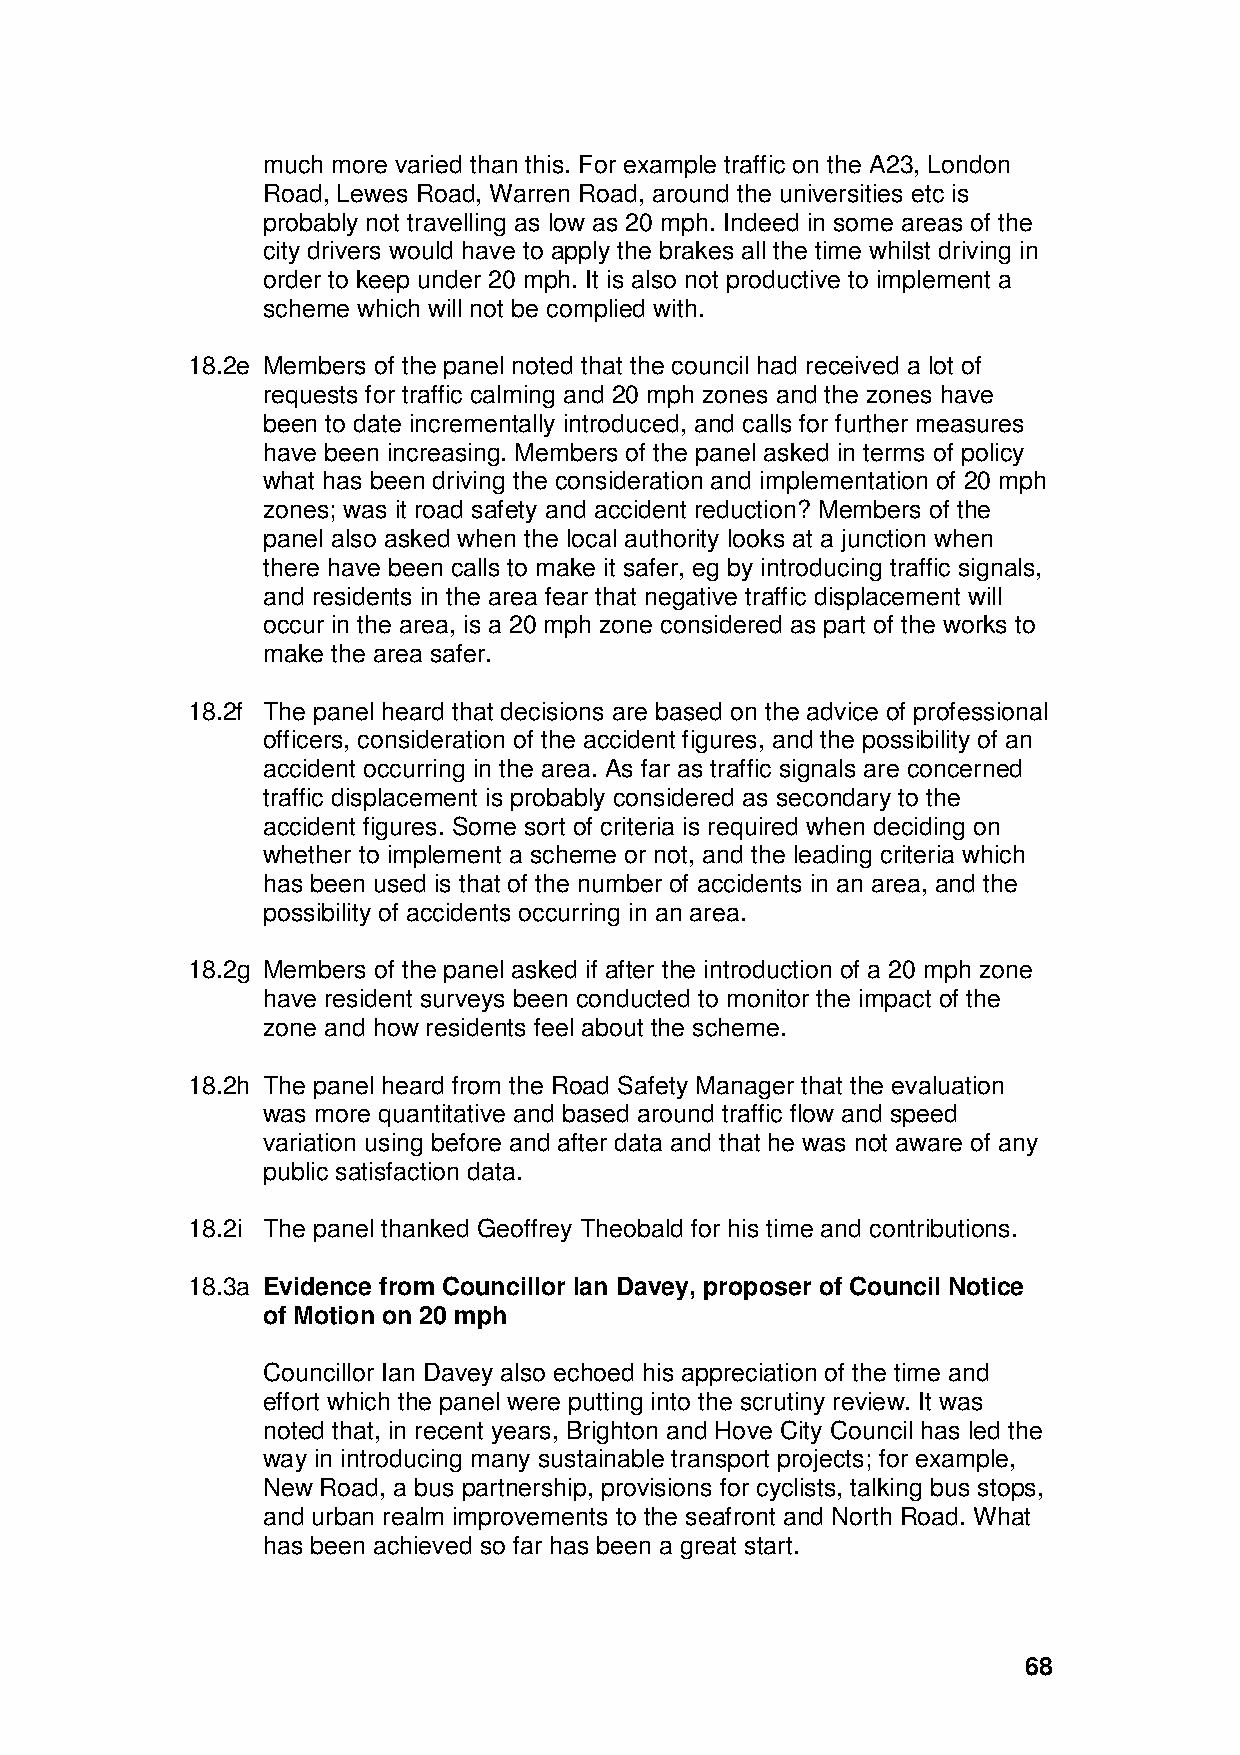
much more varied than this. For example traffic on the A23, London
 Road, Lewes Road, Warren Road, around the universities etc is
 probably not travelling as low as 20 mph. Indeed in some areas of the
 city drivers would have to apply the brakes all the time whilst driving in
 order to keep under 20 mph. It is also not productive to implement a
 scheme which will not be complied with.
 18.2e Members of the panel noted that the council had received a lot of
 requests for traffic calming and 20 mph zones and the zones have
 been to date incrementally introduced, and calls for further measures
 have been increasing. Members of the panel asked in terms of policy
 what has been driving the consideration and implementation of 20 mph
 zones; was it road safety and accident reduction? Members of the
 panel also asked when the local authority looks at a junction when
 there have been calls to make it safer, eg by introducing traffic signals,
 and residents in the area fear that negative traffic displacement will
 occur in the area, is a 20 mph zone considered as part of the works to
 make the area safer.
 18.2f The panel heard that decisions are based on the advice of professional
 officers, consideration of the accident figures, and the possibility of an
 accident occurring in the area. As far as traffic signals are concerned
 traffic displacement is probably considered as secondary to the
 accident figures. Some sort of criteria is required when deciding on
 whether to implement a scheme or not, and the leading criteria which
 has been used is that of the number of accidents in an area, and the
 possibility of accidents occurring in an area.
 18.2g Members of the panel asked if after the introduction of a 20 mph zone
 have resident surveys been conducted to monitor the impact of the
 zone and how residents feel about the scheme.
 18.2h The panel heard from the Road Safety Manager that the evaluation
 was more quantitative and based around traffic flow and speed
 variation using before and after data and that he was not aware of any
 public satisfaction data.
 18.2i The panel thanked Geoffrey Theobald for his time and contributions.
 18.3a Evidence from Councillor Ian Davey, proposer of Council Notice
 of Motion on 20 mph
 Councillor Ian Davey also echoed his appreciation of the time and
 effort which the panel were putting into the scrutiny review. It was
 noted that, in recent years, Brighton and Hove City Council has led the
 way in introducing many sustainable transport projects; for example,
 New Road, a bus partnership, provisions for cyclists, talking bus stops,
 and urban realm improvements to the seafront and North Road. What
 has been achieved so far has been a great start.
 68